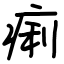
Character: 痢